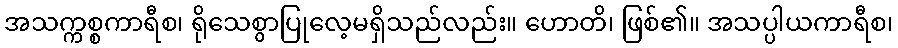
အသက္ကစ္စကာရီစ၊ ရိုသေစွာပြုလေ့မရှိသည်လည်း။ ဟောတိ၊ ဖြစ်၏။ အသပ္ပါယကာရီစ၊